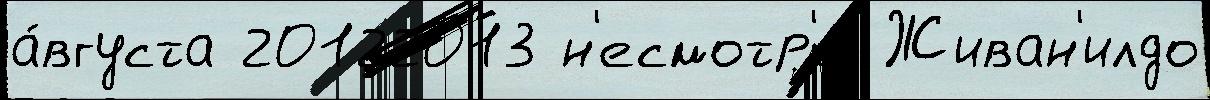
а́вгуста 20122013 н'есмотр'я Живан'илдо